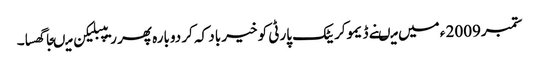
ستمبر2009 ء میں میںنے ڈیموکریٹک پارٹی کو خیر باد کہ کر دوبارہ پھر ریپبلیکن میںجا گھسا۔